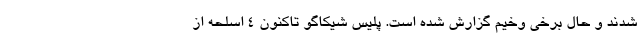
شدند و حال برخی وخیم گزارش شده است. پلیس شیکاگو تاکنون ۴ اسلحه از